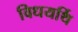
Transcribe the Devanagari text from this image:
विधयर्थि